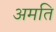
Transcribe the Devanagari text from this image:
अमति